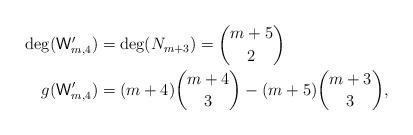
LaTeX: \begin{align*} \deg(\mathsf{W}_{m,4}')&=\deg(N_{m+3})=\binom{m+5}{2} \\ g(\mathsf{W}_{m,4}')&= (m+4)\binom{m+4}{3}-(m+5)\binom{m+3}{3}, \end{align*}